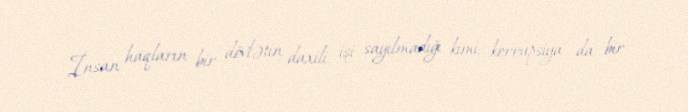
İnsan haqların bir dövlətin daxili işi sayılmadığı kimi, korrupsiya da bir